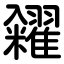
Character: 糴